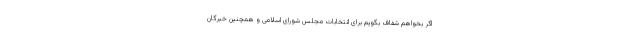
اگر بخواهم شفاف بگویم برای انتخابات مجلس شورای اسلامی و همچنین خبرگان